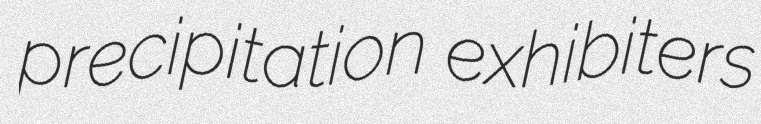
precipitation exhibiters